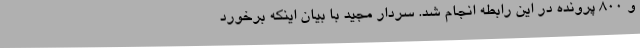
و ۸۰۰ پرونده در این رابطه انجام شد. سردار مجید با بیان اینکه برخورد